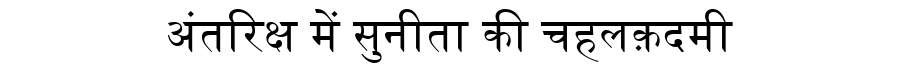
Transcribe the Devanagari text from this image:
अंतरिक्ष में सुनीता की चहलक़दमी